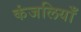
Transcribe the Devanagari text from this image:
कंजलियाँ